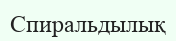
Спиральдылық